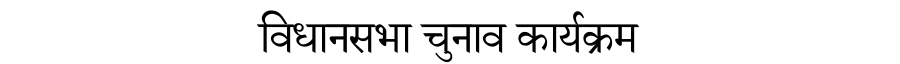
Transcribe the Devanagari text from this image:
विधानसभा चुनाव कार्यक्रम